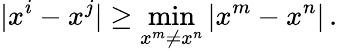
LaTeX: |x^{i}-x^{j}|\geq\operatorname*{min}_{x^{m}\neq x^{n}}|x^{m}-x^{n}|\, .